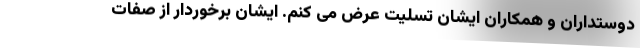
دوستداران و همکاران ایشان تسلیت عرض می کنم. ایشان برخوردار از صفات